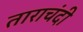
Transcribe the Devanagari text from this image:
ताराचंदी